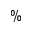
\%